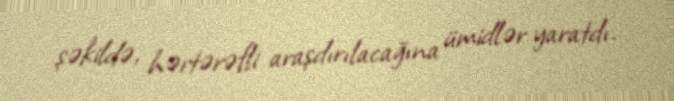
şəkildə, hərtərəfli araşdırılacağına ümidlər yaratdı.